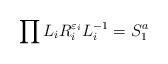
LaTeX: \begin{align*}\prod L_i R^{\varepsilon_i}_i L^{-1}_i=S^a_1\end{align*}